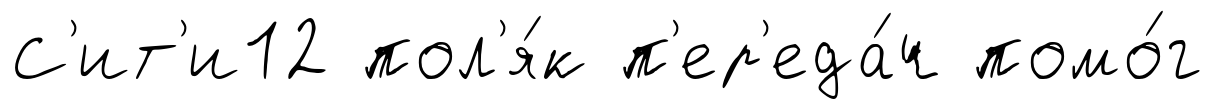
С'ит'и12 пол'я́к п'ер'еда́ч помо́г